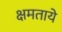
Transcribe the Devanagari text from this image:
क्षमताये